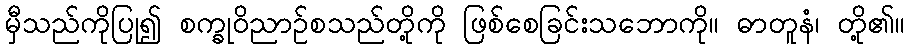
မှီသည်ကိုပြု၍ စက္ခုဝိညာဉ်စသည်တို့ကို ဖြစ်စေခြင်းသဘောကို။ ဓာတူနံ၊ တို့၏။